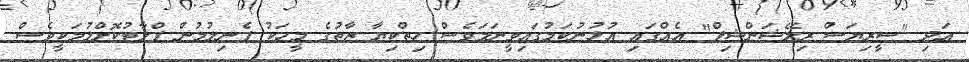
އަދި "ސީރިޔަސް ރިލޭޝަންޝިޕް" އެއްގައި އުޅުނުކަމުގައިވީނަމަވެސް ހިތްކިޔާ ޒާތުގެ މީހަކު ފެނިލުމުން ފްލާޓުކޮށްލުމަކީވެސް